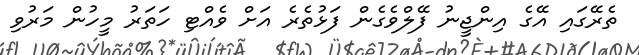
ތެރޭގައި އޭގެ އިންޖީނު ފޭލްވެގެން ފަޅުތެރެ އަށް ވެއްޓި ހަތަރު މީހުން މަރުވި